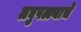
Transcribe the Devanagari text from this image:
लघुपल्ल्याचे